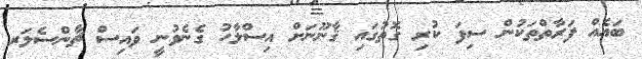
ބައެއް ފަރާތްތަކުން ސިފަ ކުރި ގޮތުގައި ޤާނޫނަށް އިސްލާހު ގެނެވުނީ ވައިސް ޗާންސެލަރ